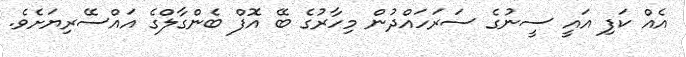
އެއް ކަފި އައީ ސީނުގެ ސަރަހައްދުން މިހާރުގެ ބޭ އޮފް ބެންގާލްގެ އައްސޭރިޔަށެވެ.